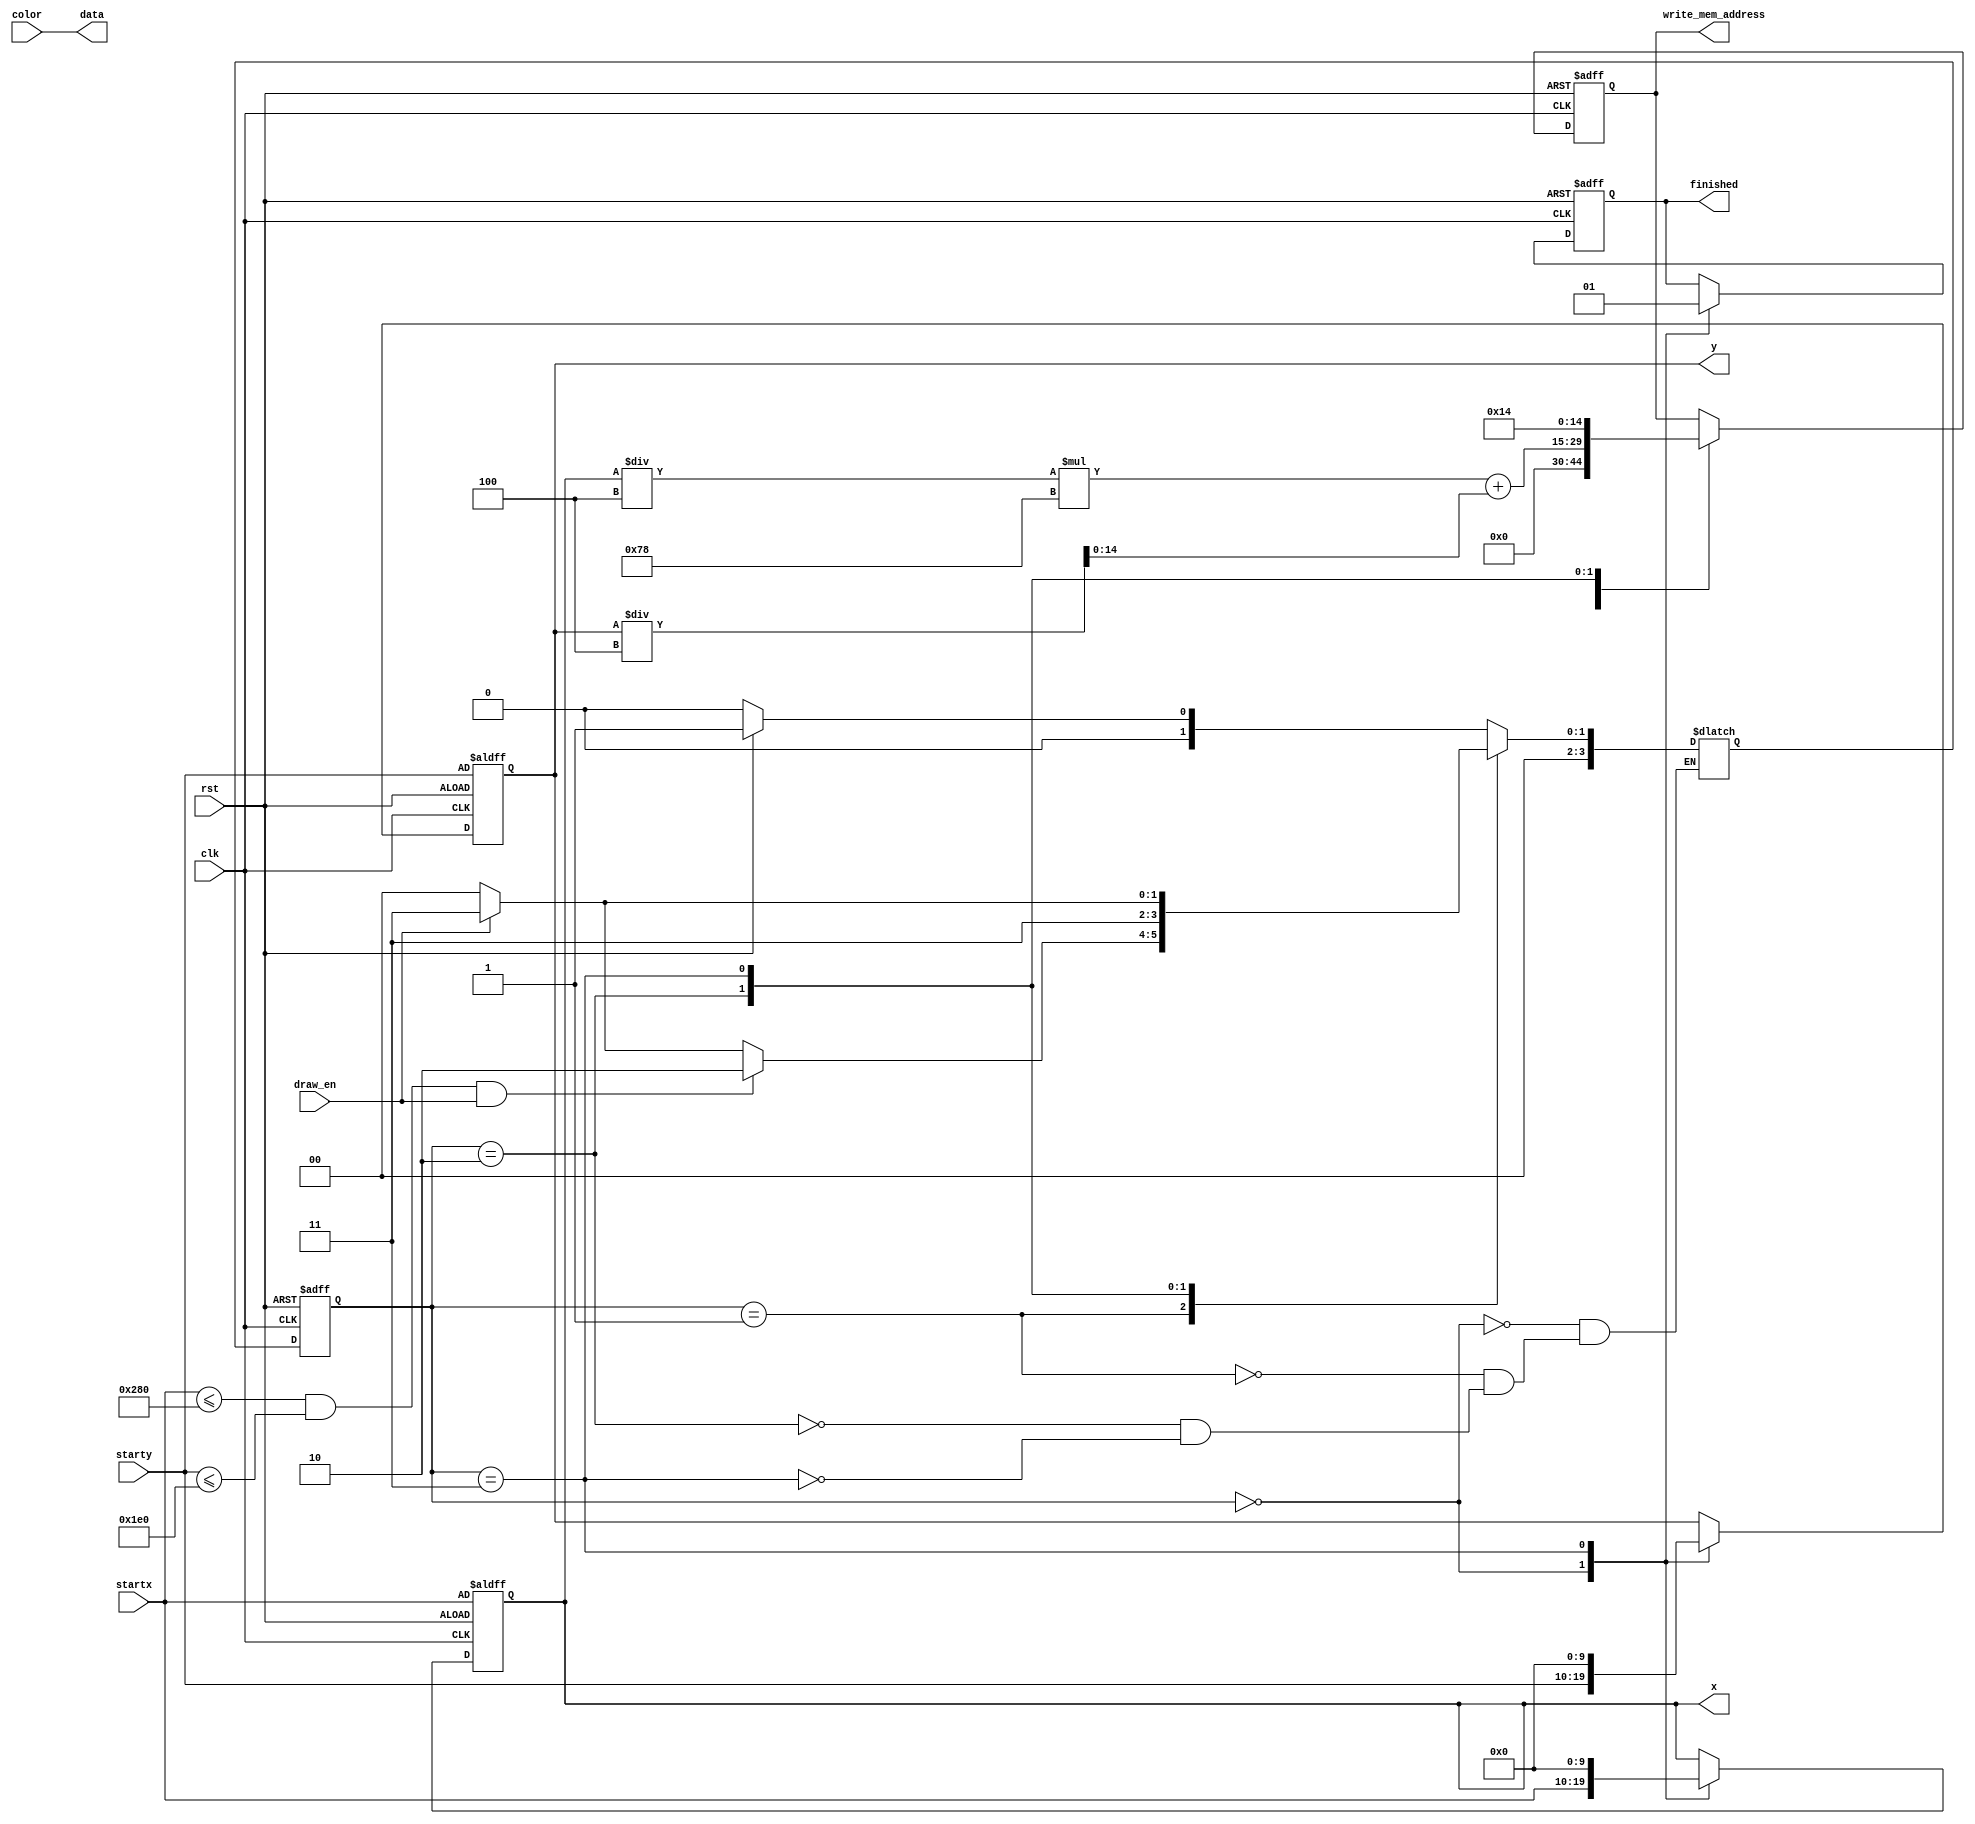
module OnePixel(rst,clk,draw_en,startx,starty,color, finished, write_mem_address,data,x,y);

//control
input rst;
input clk;
input draw_en;

//data in
input [9:0]startx;
input [9:0]starty;
input [23:0]color;

//data out
output reg finished;
output reg [14:0]write_mem_address;
output reg [23:0]data;
output reg [9:0]x;
output reg [9:0]y;


reg [3:0]S;
reg [3:0]NS;

parameter VGA_WIDTH = 16'd640; 
parameter VGA_HEIGHT = 16'd480; 
parameter PIXEL_VIRTUAL_SIZE = 4'd4;
//virtual pixel needed to limit memory size
parameter VIRTUAL_PIXEL_HEIGHT =  VGA_HEIGHT / PIXEL_VIRTUAL_SIZE;


parameter START = 4'd0,
			BOUNDRY_CHECK = 4'd1,
			DRAW = 4'd2,
			DONE= 4'd3;
			
//FSM transitioner
always @(posedge clk or negedge rst)
	if (rst == 1'b0)
	S <= START;
	else
	S <= NS;
	
	
//Transitions for FSM
always @(*)
begin
		data = color;

	case(S)
	START: if (rst == 1'b0)
			NS = START;
			else
			NS = BOUNDRY_CHECK;
	
	BOUNDRY_CHECK: if (startx <= VGA_WIDTH & starty <= VGA_HEIGHT & draw_en == 1'b1)
		NS = DRAW;
		else if (draw_en == 1'b0)
		NS = START;
		else
		NS = DONE;

	DRAW: NS = DONE;
	
	DONE: if (draw_en == 1'b1)
		NS = DONE;
		else
		NS = START;
	
	endcase
end	
	
always @(posedge clk or negedge rst)

	if (rst == 1'b0)
	begin
	
		x <= startx;
		y <= starty;
		write_mem_address <= 15'd0;
		finished <= 1'b0;
		
	end	
	else
		
		case(S)
		
			START: begin 
				x <= startx;
				y <= starty;
				write_mem_address <= 15'd0;
				finished <= 1'b0;
					end		
			
			// write_mem_address mapping 
			DRAW: write_mem_address <= (x/PIXEL_VIRTUAL_SIZE) * VIRTUAL_PIXEL_HEIGHT + (y/PIXEL_VIRTUAL_SIZE);
			
			DONE: begin 
					finished <= 1'b1;
					x <= 10'd0;
					y <= 10'd0;
					write_mem_address <= 15'd20;
					end
			
		endcase



		

endmodule